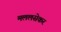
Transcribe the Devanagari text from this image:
मललसेकर